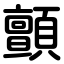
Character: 顫